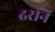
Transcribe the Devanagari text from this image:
ढरनि